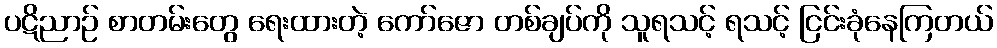
ပဋိညာဉ် စာတမ်းတွေ ရေးထားတဲ့ ကော်ဇော တစ်ချပ်ကို သူရသင့် ရသင့် ငြင်းခုံနေကြတယ်